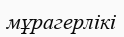
мұрагерлікі